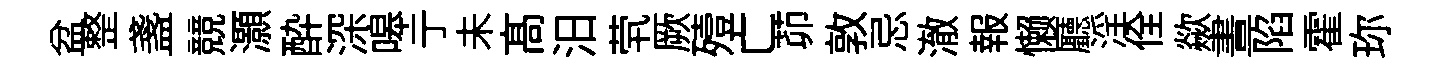
盆整盞競灝酔深嗥亍未髙汨茕厥殪亡茆敦忌澈報懒廳淫佺歘晝陷霍珎